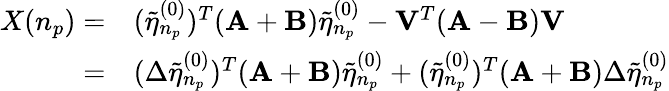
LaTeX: \begin{array}{rl}{X(n_{p})=}&{{}(\tilde{\eta}_{n_{p}}^{(0)})^{T}(\mathbf{A}+\mathbf{B})\tilde{\eta}_{n_{p}}^{(0)}-\mathbf{V}^{T}(\mathbf{A}-\mathbf{B})\mathbf{V}}\\ {=}&{{}(\Delta\tilde{\eta}_{n_{p}}^{(0)})^{T}(\mathbf{A}+\mathbf{B})\tilde{\eta}_{n_{p}}^{(0)}+(\tilde{\eta}_{n_{p}}^{(0)})^{T}(\mathbf{A}+\mathbf{B})\Delta\tilde{\eta}_{n_{p}}^{(0)}}\end{array}